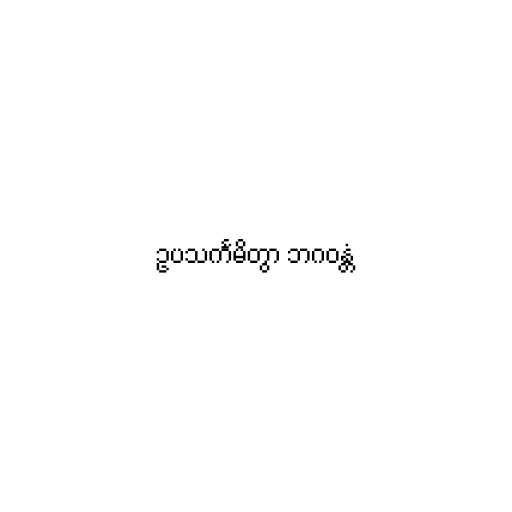
ဥပသင်္ကမိတွာ ဘဂဝန္တံ